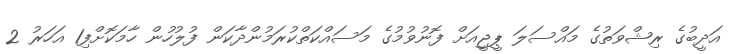
އަދީބުގެ ރިޝްވަތުގެ މައްސަލަ ޕީޖީއަށް ފޮނުވުމުގެ މަސައްކަތްކުރަމުންދާކަން ފުލުހުން ހާމަކޮށްފި1 އަހަރު 2